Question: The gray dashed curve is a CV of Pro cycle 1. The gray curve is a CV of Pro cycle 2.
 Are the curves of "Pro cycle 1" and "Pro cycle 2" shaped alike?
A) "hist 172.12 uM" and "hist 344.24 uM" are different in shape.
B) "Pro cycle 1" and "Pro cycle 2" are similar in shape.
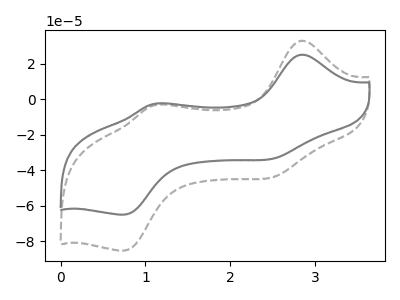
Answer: <think>The gray dashed curve "Pro cycle 1" has anodic peaks at (2.85V, 33.10uA) (1.15V, -2.95uA) and cathodic peaks at (2.55V, -43.40uA) (0.75V, -85.30uA). The gray curve "Pro cycle 2" has anodic peaks at (2.85V, 25.25uA) (1.15V, -2.25uA) and cathodic peaks at (2.55V, -33.05uA) (0.75V, -65.05uA).
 All the peaks in "Pro cycle 1" have a peak in "Pro cycle 2" at the same potential.</think>
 <answer>B) "Pro cycle 1" and "Pro cycle 2" are similar in shape.</answer>
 <eval>B</eval>